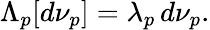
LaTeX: \Lambda_{p}[d\nu_{p}]=\lambda_{p}\, d\nu_{p}.